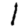
Digit: 1